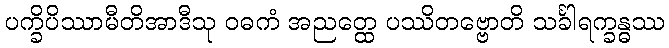
ပက္ခိပိဿာမီတိအာဒီသု ဝဓကံ အညတ္ထေ ပဿိတဗ္ဗောတိ သင်္ခါရက္ခန္ဓဿ